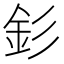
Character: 釤